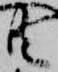
共